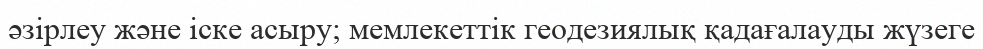
әзірлеу және іске асыру; мемлекеттік геодезиялық қадағалауды жүзеге